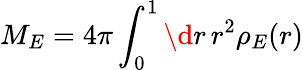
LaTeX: M_{E}=4\pi\int_{0}^{1}\d r\, r^{2}\rho_{E}(r)